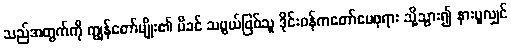
သည်အတွက်ကို ကျွန်တော်မျိုး၏ မိခင် သဖွယ်ဖြစ်သူ ဒိုင်းဝန်ကတော်မေဖုရား သို့သွား၍ နားပူလျှင်